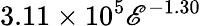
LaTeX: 3.11\times10^{5}\mathscr{E}^{-1.30}